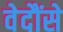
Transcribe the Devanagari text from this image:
वेदौंसे